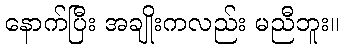
နောက်ပြီး အချိုးကလည်း မညီဘူး။